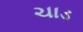
ચાડ